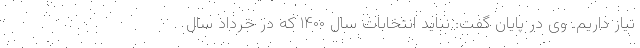
نیاز داریم. وی در پایان گفت: نباید انتخابات سال ۱۴۰۰ که در خرداد سال